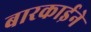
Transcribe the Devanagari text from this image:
बारकार्इने